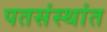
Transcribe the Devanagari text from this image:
पतसंस्थांत